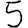
Digit: 5